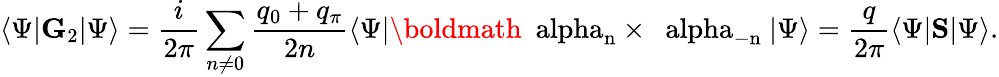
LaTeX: \langle\Psi|\textit{\textbf{G}}_{2}|\Psi\rangle=\frac{i}{2\pi}\sum_{n\neq 0}\frac{q_{0}+q_{\pi}}{2n}\langle\Psi|\mathrm{\boldmath~\ alpha_{n}\times~\ alpha_{-n}~}|\Psi\rangle=\frac{q}{2\pi}\langle\Psi|\textit{\textbf{S}}|\Psi\rangle.